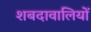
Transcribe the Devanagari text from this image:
शबदावालियों